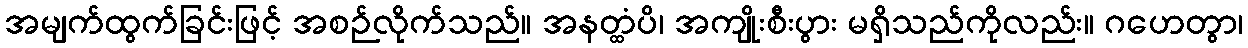
အမျက်ထွက်ခြင်းဖြင့် အစဉ်လိုက်သည်။ အနတ္ထံပိ၊ အကျိုးစီးပွား မရှိသည်ကိုလည်း။ ဂဟေတွာ၊